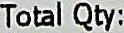
TOTAL QTY: